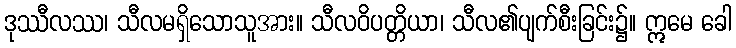
ဒုဿီလဿ၊ သီလမရှိသောသူအား။ သီလဝိပတ္တိယာ၊ သီလ၏ပျက်စီးခြင်း၌။ ဣမေ ခေါ